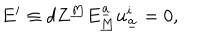
E ^ { i } \equiv d Z ^ { \underline { { { M } } } } E _ { \underline { { { M } } } } ^ { \underline { { { a } } } } u _ { \underline { { { a } } } } ^ { i } = 0 ,